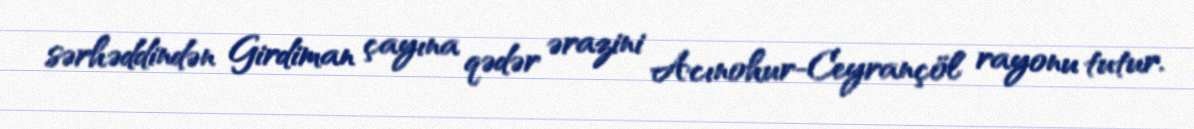
sərhəddindən Girdiman çayına qədər ərazini Acınohur-Ceyrançöl rayonu tutur.